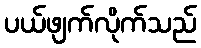
ပယ်ဖျက်လိုက်သည်